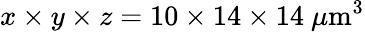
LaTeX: x\times y\times z=10\times 14\times 14\ \mu\mathrm{m}^{3}